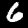
Label: 6